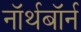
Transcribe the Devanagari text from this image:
नॉर्थबॉर्न